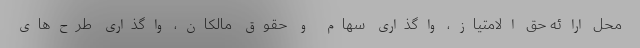
محل ارائه حق الامتیاز، واگذاری سهام و حقوق مالکان، واگذاری طرح‌های